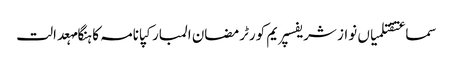
سماعتقتلمیاں نواز شریفسپریم کورٹرمضان المبارکپانامہ کا ہنگامہعدالت